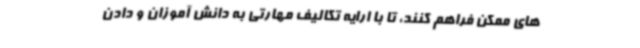
های ممکن فراهم کنند، تا با ارایه تکالیف مهارتی به دانش آموزان و دادن